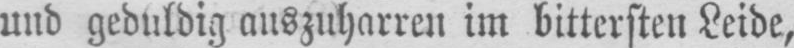
und geduldig auszuharren im bittersten Leide,